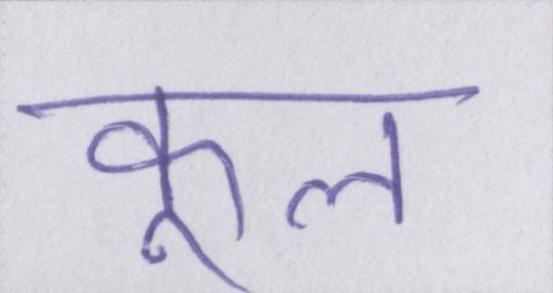
कूल